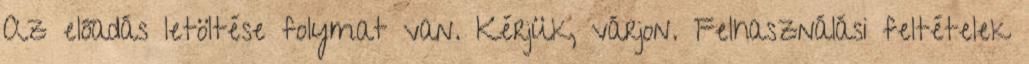
Az előadás letöltése folymat van. Kérjük, várjon. Felhasználási feltételek